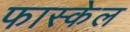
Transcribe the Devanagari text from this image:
फास्केल